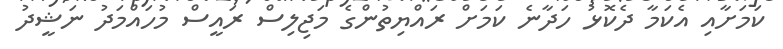
ކަމަށާއި އެކަމާ ދެކޮޅު ހަދާނެ ކަމަށް ރައްޔިތުންގެ މަޖިލިސް ރައީސް މުހައްމަދު ނަޝީދު